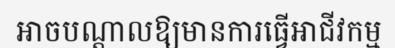
អាចបណ្តាលឱ្យមានការធ្វើអាជីវកម្ម